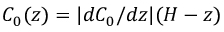
C _ { 0 } ( z ) = | d C _ { 0 } / d z | ( H - z )